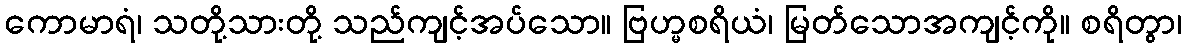
ကောမာရံ၊ သတို့သားတို့ သည်ကျင့်အပ်သော။ ဗြဟ္မစရိယံ၊ မြတ်သောအကျင့်ကို။ စရိတွာ၊